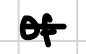
Text: of
Cross-out: single-line
Writing tool: digital_black